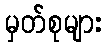
မှတ်စုများ